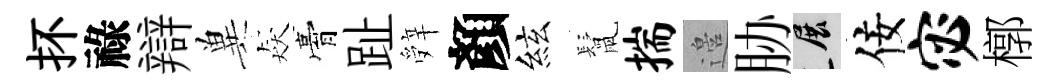
抔祿辯兾猋膏趾辤顏絃鬛揣邉胁展佞宓槨